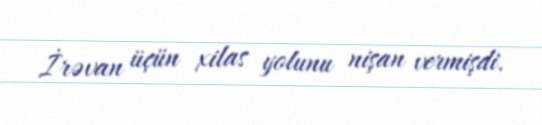
İrəvan üçün xilas yolunu nişan vermişdi.